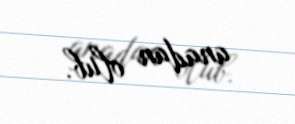
anadan olub.